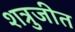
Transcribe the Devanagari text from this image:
शत्रुजीत